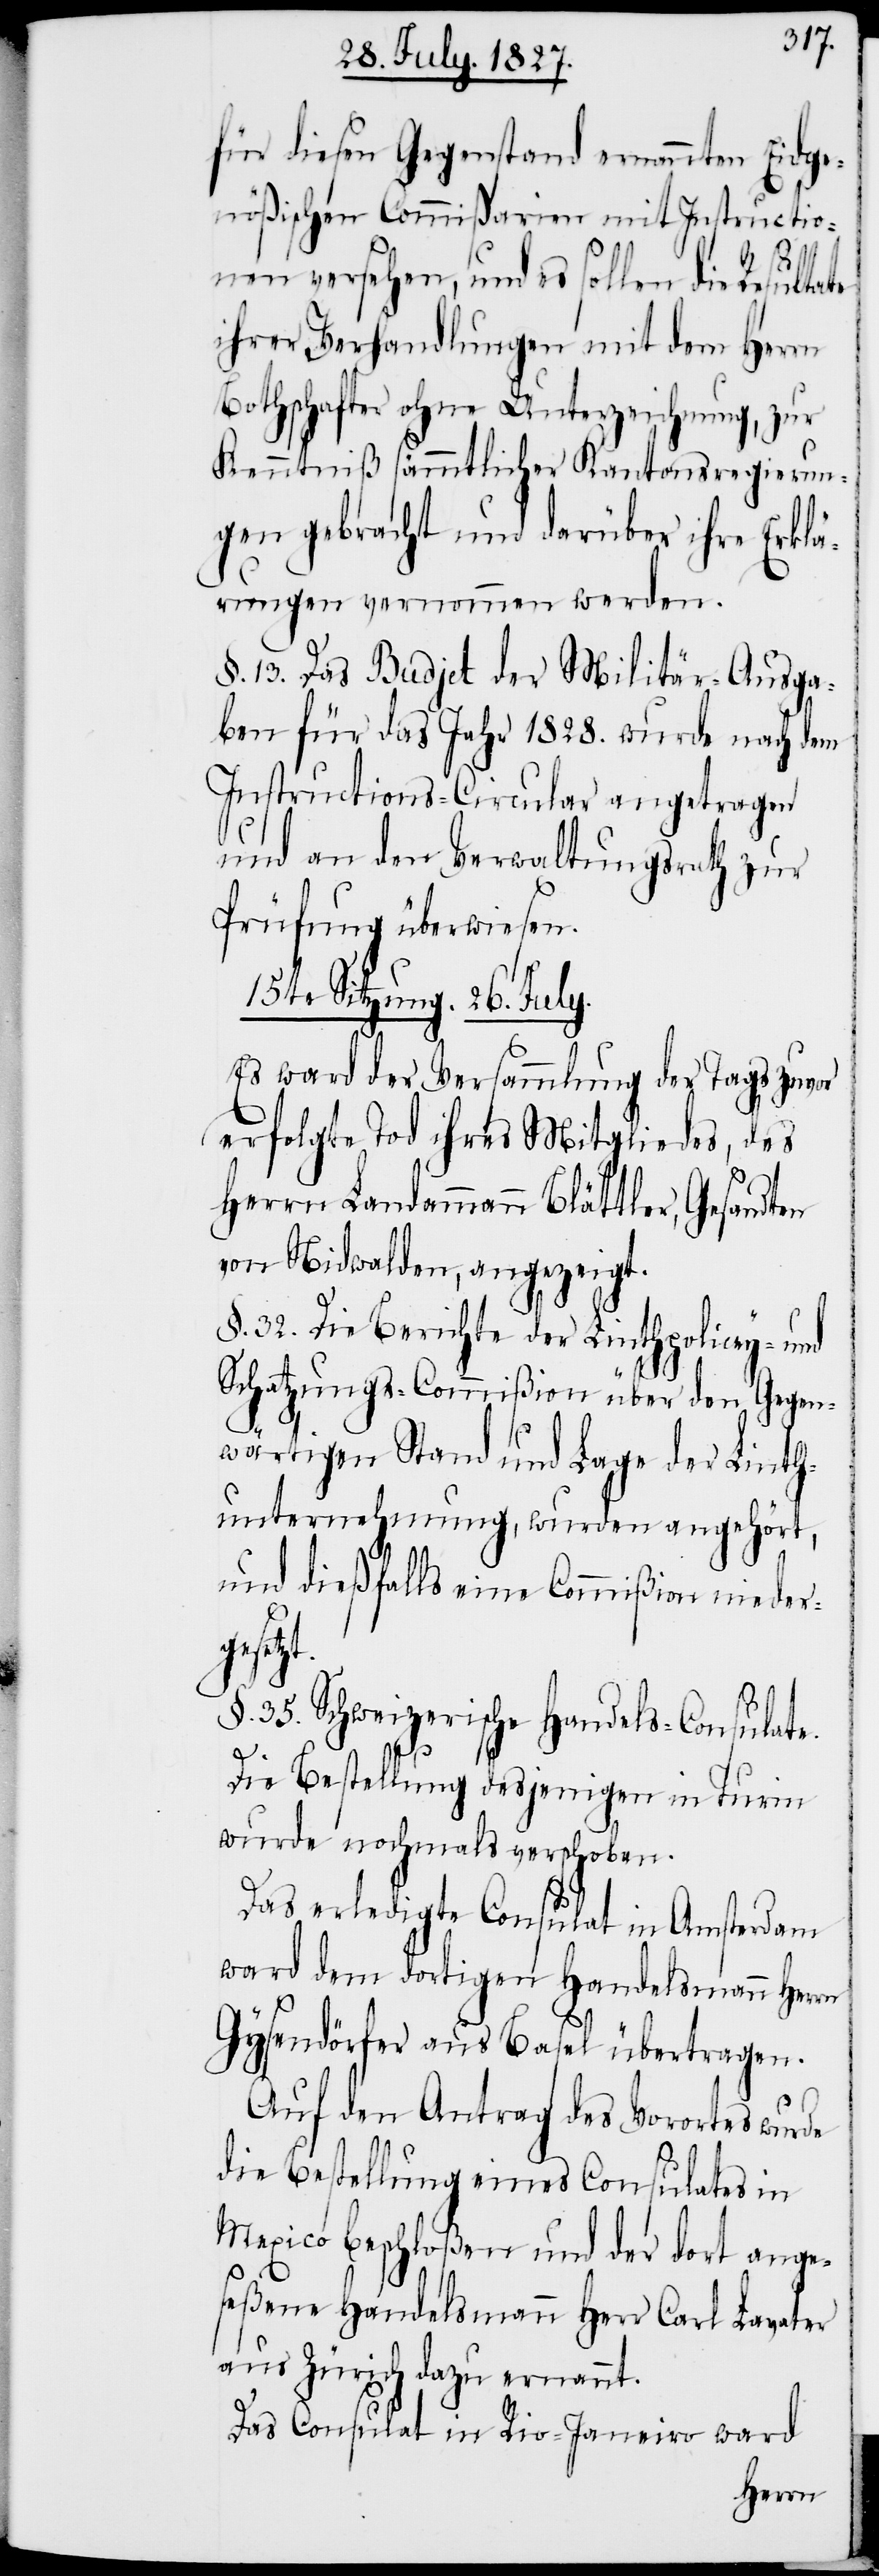
t.
für diesen Gegenstand ernannten Eidge¬
nößischen Commißarien mit Instructio¬
nen versehen, und es sollen die
ihrer Verhandlungen mit dem Herrn
Bothschafter ohne Unterzeichnung, zur
Kenntniß sämmtlicher Kantonsregierun¬
gen gebracht und darüber ihre Erklä¬
rungen vernommen werden.
§. 13. Das Budjet der Militär-Ausga¬
ben für das Jahr 1828. wurde nach dem
Instructions-Circular angetragen
und an den Verwaltungsrath zur
Prüfung überwiesen.
15te Sitzung. 26. July.
Es ward der Versammlung der Tags zuvor
erfolgte Tod ihres Mitgliedes, des
Herrn Landammann Blättler, Gesandten
von Nidwalden, angezeigt.
§. 32. Die Berichte der Linthpolicey- und
Schatzungs-Commißion über den Gegen¬
wärtigen Stand und Lage der Linth¬
unternehmung, wurden angehört,
und dießfalls eine Commißion nieder¬
gesetz¬
§. 35. Schweizerische Handels-Consulate.
Die Bestellung desjenigen in Turin
wurde nochmals verschoben.
Das erledigte Consulat in Amsterdam
ward dem dortigen Handelsmann Herrn
Gysendörfer aus Basel übertragen.
Auf den Antrag des Vorortes wurde
die Bestellung eines Consulates in
Mexico beschloßen und der dort ange¬
seßene Handelsmann Herr Carl Lavater
aus Zürich dazu ernannt.
Das Consulat in Rio-Janeiro ward